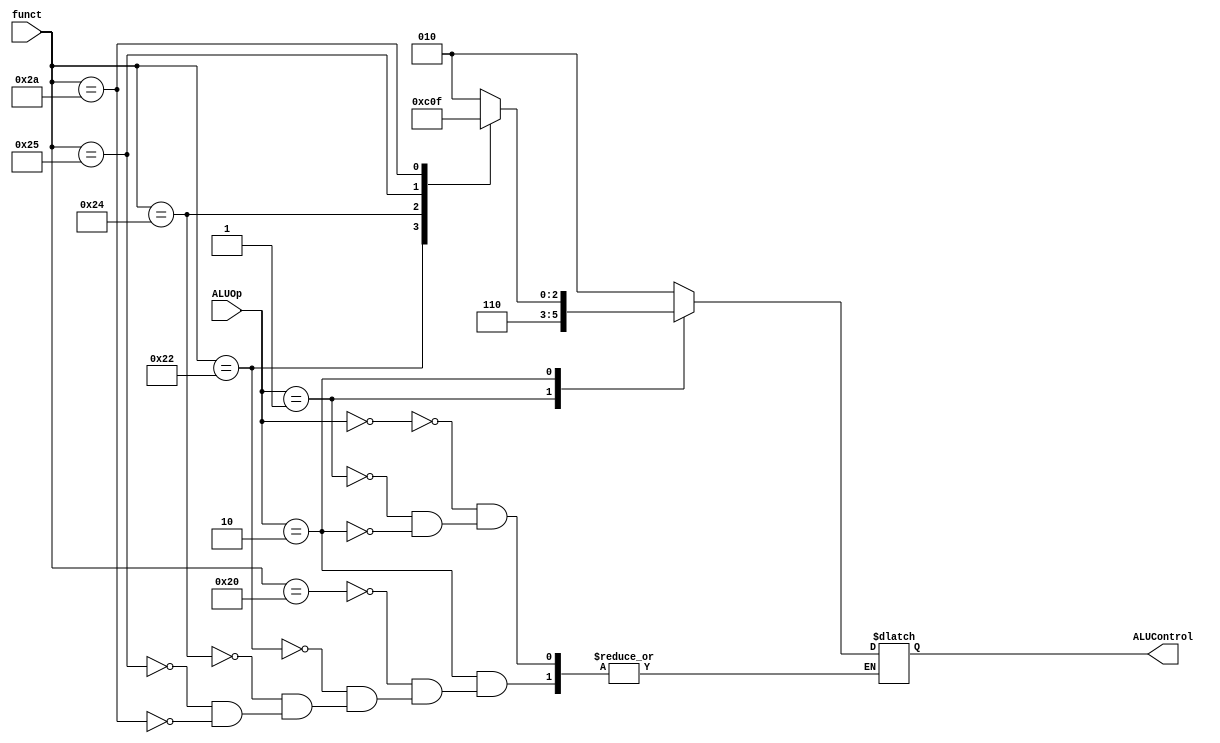
module alu_decoder(
    input [1:0] ALUOp,
    input [5:0] funct,
    output reg [2:0] ALUControl
);

always @(ALUOp, funct)
begin
    case (ALUOp)
        2'b00:
        begin
            ALUControl <= 3'b010;
        end
        2'b01:
        begin
            ALUControl <= 3'b110;
        end
        2'b10:
        begin
            case (funct)
                6'h20:
                begin
                    ALUControl <= 3'b010;
                end
                6'h22:
                begin
                    ALUControl <= 3'b110;
                end
                6'h24:
                begin
                    ALUControl <= 3'b000;
                end
                6'h25:
                begin
                    ALUControl <= 3'b001;
                end
                6'h2A:
                begin
                    ALUControl <= 3'b111;
                end
            endcase
        end

    endcase
end

endmodule